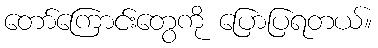
တော်ကြောင်းတွေကို ပြောပြရတယ်။